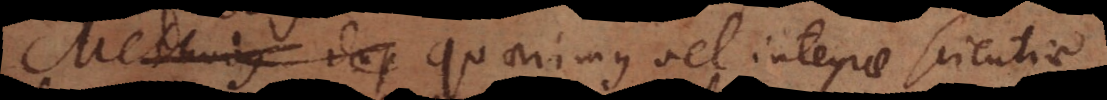
Methodus dup Quaerimus vel integrae scient